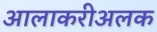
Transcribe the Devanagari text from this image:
आलाकरीअलक